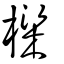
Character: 樑